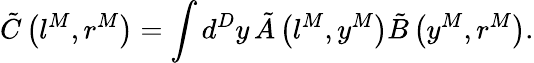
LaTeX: \tilde{C}\left(l^{M},r^{M}\right)=\int d^{D}y\, \tilde{A}\left(l^{M},y^{M}\right)\tilde{B}\left(y^{M},r^{M}\right).